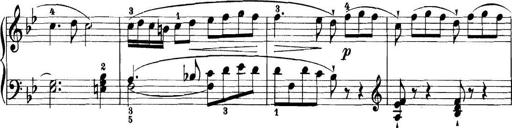
Title: 11 Sonatinas
Composer: Anton Diabelli